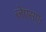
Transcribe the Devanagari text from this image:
जेएसएः